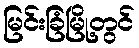
မြင်းခြံမြို့တွင်